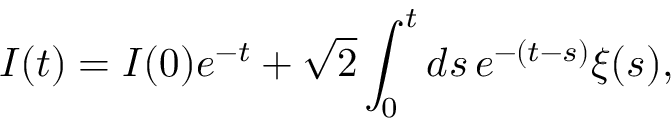
I ( t ) = I ( 0 ) e ^ { - t } + \sqrt { 2 } \int _ { 0 } ^ { t } d s \, e ^ { - ( t - s ) } \xi ( s ) ,